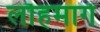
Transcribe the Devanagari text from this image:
लौहमार्ग